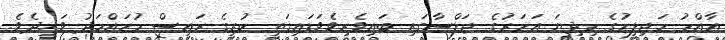
އާއްމު މަޖިލީހުގެ މިދިޔަ އަހަރުގެ ޖަލްސާގައި ބައިވެރިވެވަޑައިގަތީ ކުރީގެ ރައީސް މުހައްމަދު ވަހީދެވެ.